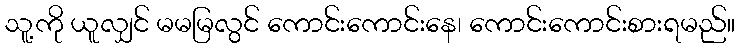
သူ့ကို ယူလျှင် မမမြလွင် ကောင်းကောင်းနေ၊ ကောင်းကောင်းစားရမည်။